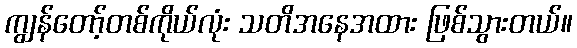
ကျွန်တော့်တစ်ကိုယ်လုံး သတိအနေအထား ဖြစ်သွားတယ်။